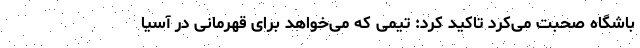
باشگاه صحبت می‌کرد تاکید کرد: تیمی که می‌خواهد برای قهرمانی در آسیا